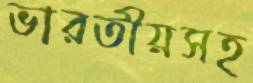
ভারতীয়সহ